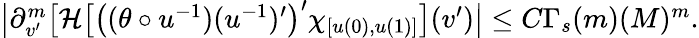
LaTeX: \begin{array}{r}{\left|\partial_{v^{\prime}}^{m}\big[\mathcal{H}\big[\big((\theta\circ u^{-1})(u^{-1})^{\prime}\big)^{\prime}\chi_{[u(0),u(1)]}\big](v^{\prime})\right|\leq C\Gamma_{s}(m)(M)^{m}.}\end{array}